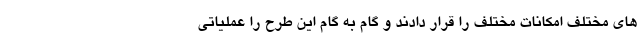
های مختلف امکانات مختلف را قرار دادند و گام به گام این طرح را عملیاتی